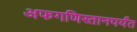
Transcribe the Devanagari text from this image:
अफगणिस्तानपर्यंत